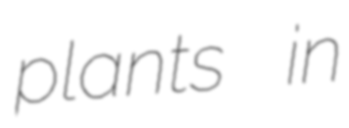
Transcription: plants in